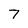
Character: 7